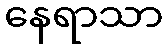
နေရာသာ